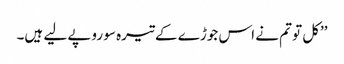
’’کل تو تم نے اس جوڑے کے تیرہ سو روپے لیے ہیں۔